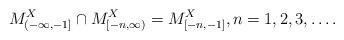
LaTeX: \begin{align*}M_{(-\infty,-1]}^X\cap M_{[-n,\infty)}^X=M_{[-n,-1]}^X,n=1,2,3,\dots.\end{align*}